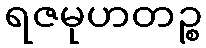
ရဇမုဟတဉ္စ